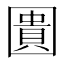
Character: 圚